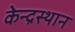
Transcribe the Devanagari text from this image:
केन्द्रस्थान